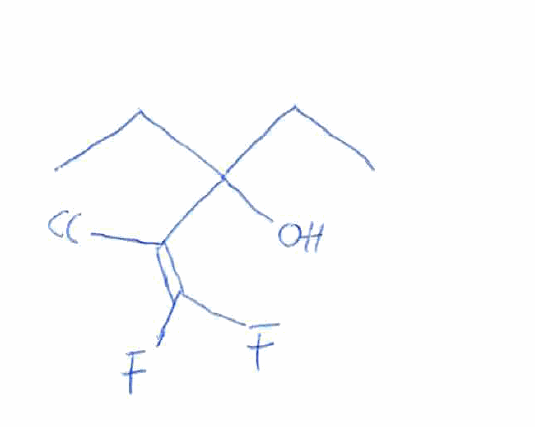
Simplified molecular-input line-entry system (SMILES) notation of the given molecule:
CCC(CC)(C(=C(F)F)Cl)O